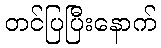
တင်ပြပြီးနောက်